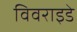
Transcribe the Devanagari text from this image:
विवराइडे